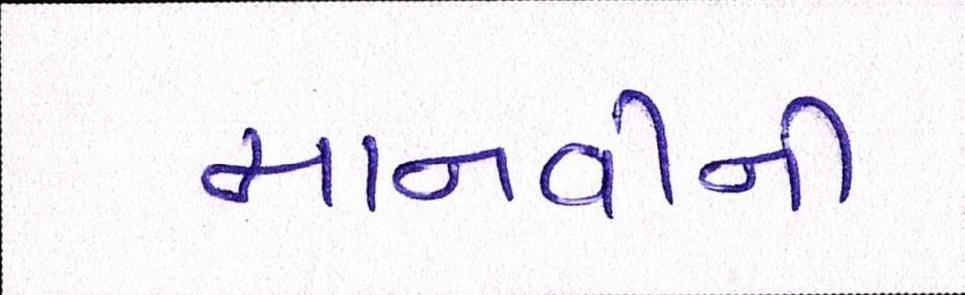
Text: માનવીની